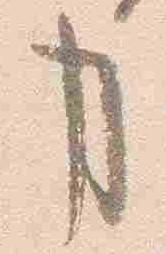
事